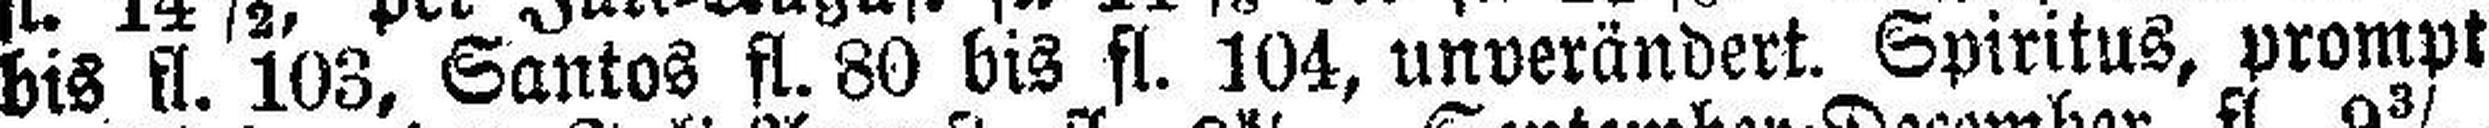
bis fl. 103, Santos fl. 80 bis fl. 104, unverändert. Spiritus, prompt